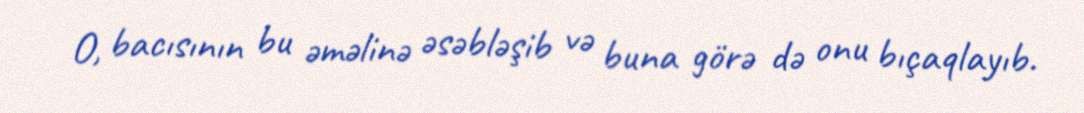
O, bacısının bu əməlinə əsəbləşib və buna görə də onu bıçaqlayıb.